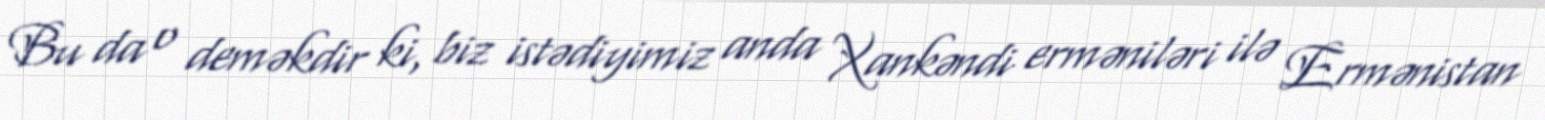
Bu da o deməkdir ki, biz istədiyimiz anda Xankəndi erməniləri ilə Ermənistan